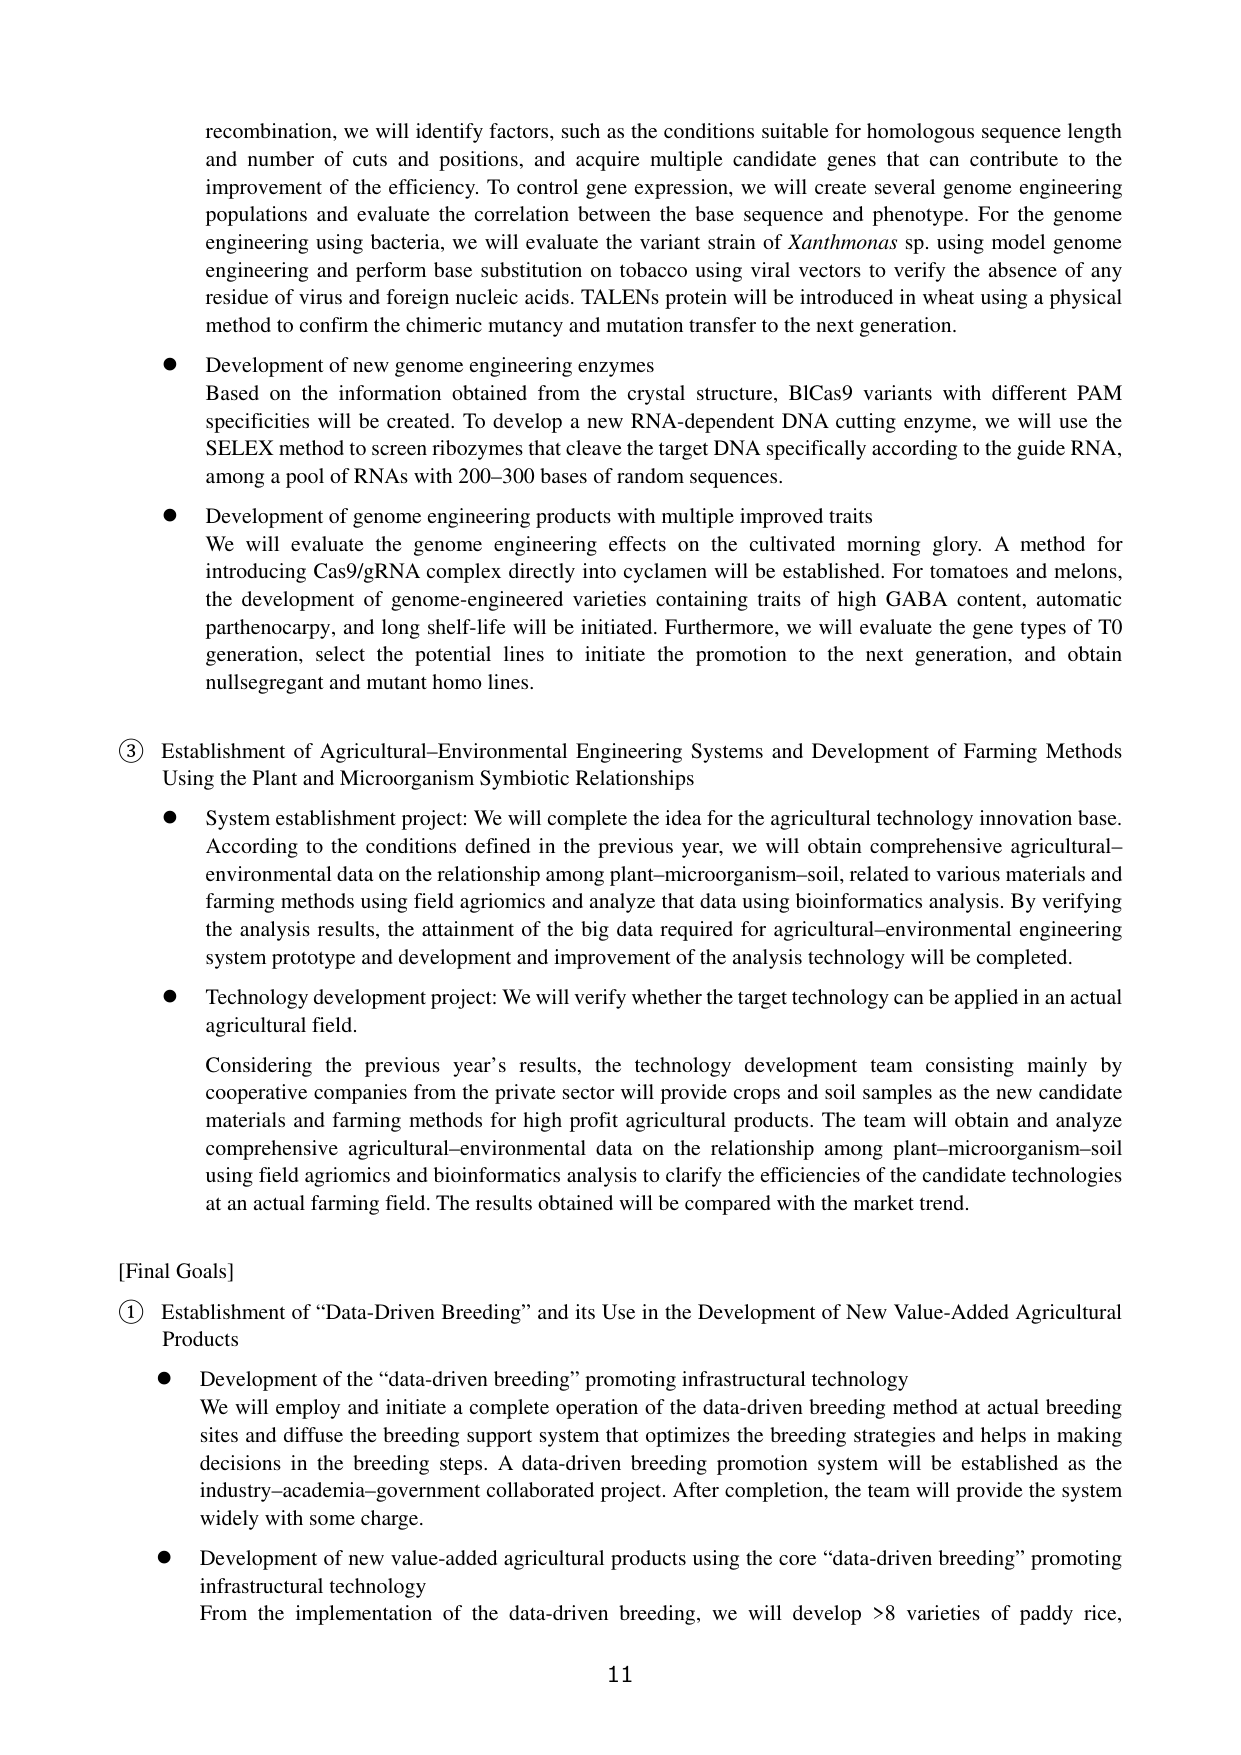
recombination, we will identify factors, such as the conditions suitable for homologous sequence length and number of cuts and positions, and acquire multiple candidate genes that can contribute to the improvement of the efficiency. To control gene expression, we will create several genome engineering populations and evaluate the correlation between the base sequence and phenotype. For the genome engineering using bacteria, we will evaluate the variant strain of Xanthomonas sp. using model genome engineering and perform base substitution on tobacco using viral vectors to verify the absence of any residue of virus and foreign nucleic acids. TALENs protein will be introduced in wheat using a physical method to confirm the chimeric mutancy and mutation transfer to the next generation.

● Development of new genome engineering enzymes
Based on the information obtained from the crystal structure, BICas9 variants with different PAM specificities will be created. To develop a new RNA-dependent DNA cutting enzyme, we will use the SELEX method to screen ribozymes that cleave the target DNA specifically according to the guide RNA, among a pool of RNAs with 200–300 bases of random sequences.

● Development of genome engineering products with multiple improved traits
We will evaluate the genome engineering effects on the cultivated morning glory. A method for introducing Cas9/gRNA complex directly into cyclamen will be established. For tomatoes and melons, the development of genome-engineered varieties containing traits of high GABA content, automatic parthenocarpy, and long shelf-life will be initiated. Furthermore, we will evaluate the gene types of T0 generation, select the potential lines to initiate the promotion to the next generation, and obtain nullsegregant and mutant homo lines.

③ Establishment of Agricultural–Environmental Engineering Systems and Development of Farming Methods Using the Plant and Microorganism Symbiotic Relationships

● System establishment project: We will complete the idea for the agricultural technology innovation base. According to the conditions defined in the previous year, we will obtain comprehensive agricultural–environmental data on the relationship among plant–microorganism–soil, related to various materials and farming methods using field agrionics and analyze that data using bioinformatics analysis. By verifying the analysis results, the attainment of the big data required for agricultural–environmental engineering system prototype and development and improvement of the analysis technology will be completed.

● Technology development project: We will verify whether the target technology can be applied in an actual agricultural field.
Considering the previous year’s results, the technology development team consisting mainly by cooperative companies from the private sector will provide crops and soil samples as the new candidate materials and farming methods for high profit agricultural products. The team will obtain and analyze comprehensive agricultural–environmental data on the relationship among plant–microorganism–soil using field agrionics and bioinformatics analysis to clarify the efficiencies of the candidate technologies at an actual farming field. The results obtained will be compared with the market trend.

[Final Goals]
① Establishment of “Data-Driven Breeding” and its Use in the Development of New Value-Added Agricultural Products

● Development of the “data-driven breeding” promoting infrastructural technology
We will employ and initiate a complete operation of the data-driven breeding method at actual breeding sites and diffuse the breeding support system that optimizes the breeding strategies and helps in making decisions in the breeding steps. A data-driven breeding promotion system will be established as the industry–academia–government collaborated project. After completion, the team will provide the system widely with some charge.

● Development of new value-added agricultural products using the core “data-driven breeding” promoting infrastructural technology
From the implementation of the data-driven breeding, we will develop >8 varieties of paddy rice,

11